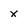
Character: X